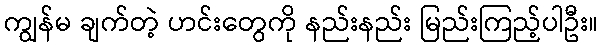
ကျွန်မ ချက်တဲ့ ဟင်းတွေကို နည်းနည်း မြည်းကြည့်ပါဦး။